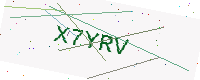
Text: X7YRV